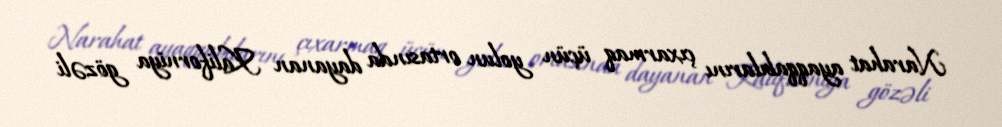
Narahat ayaqqabılarını çıxarmaq üçün yolun ortasında dayanan Kaliforniya gözəli